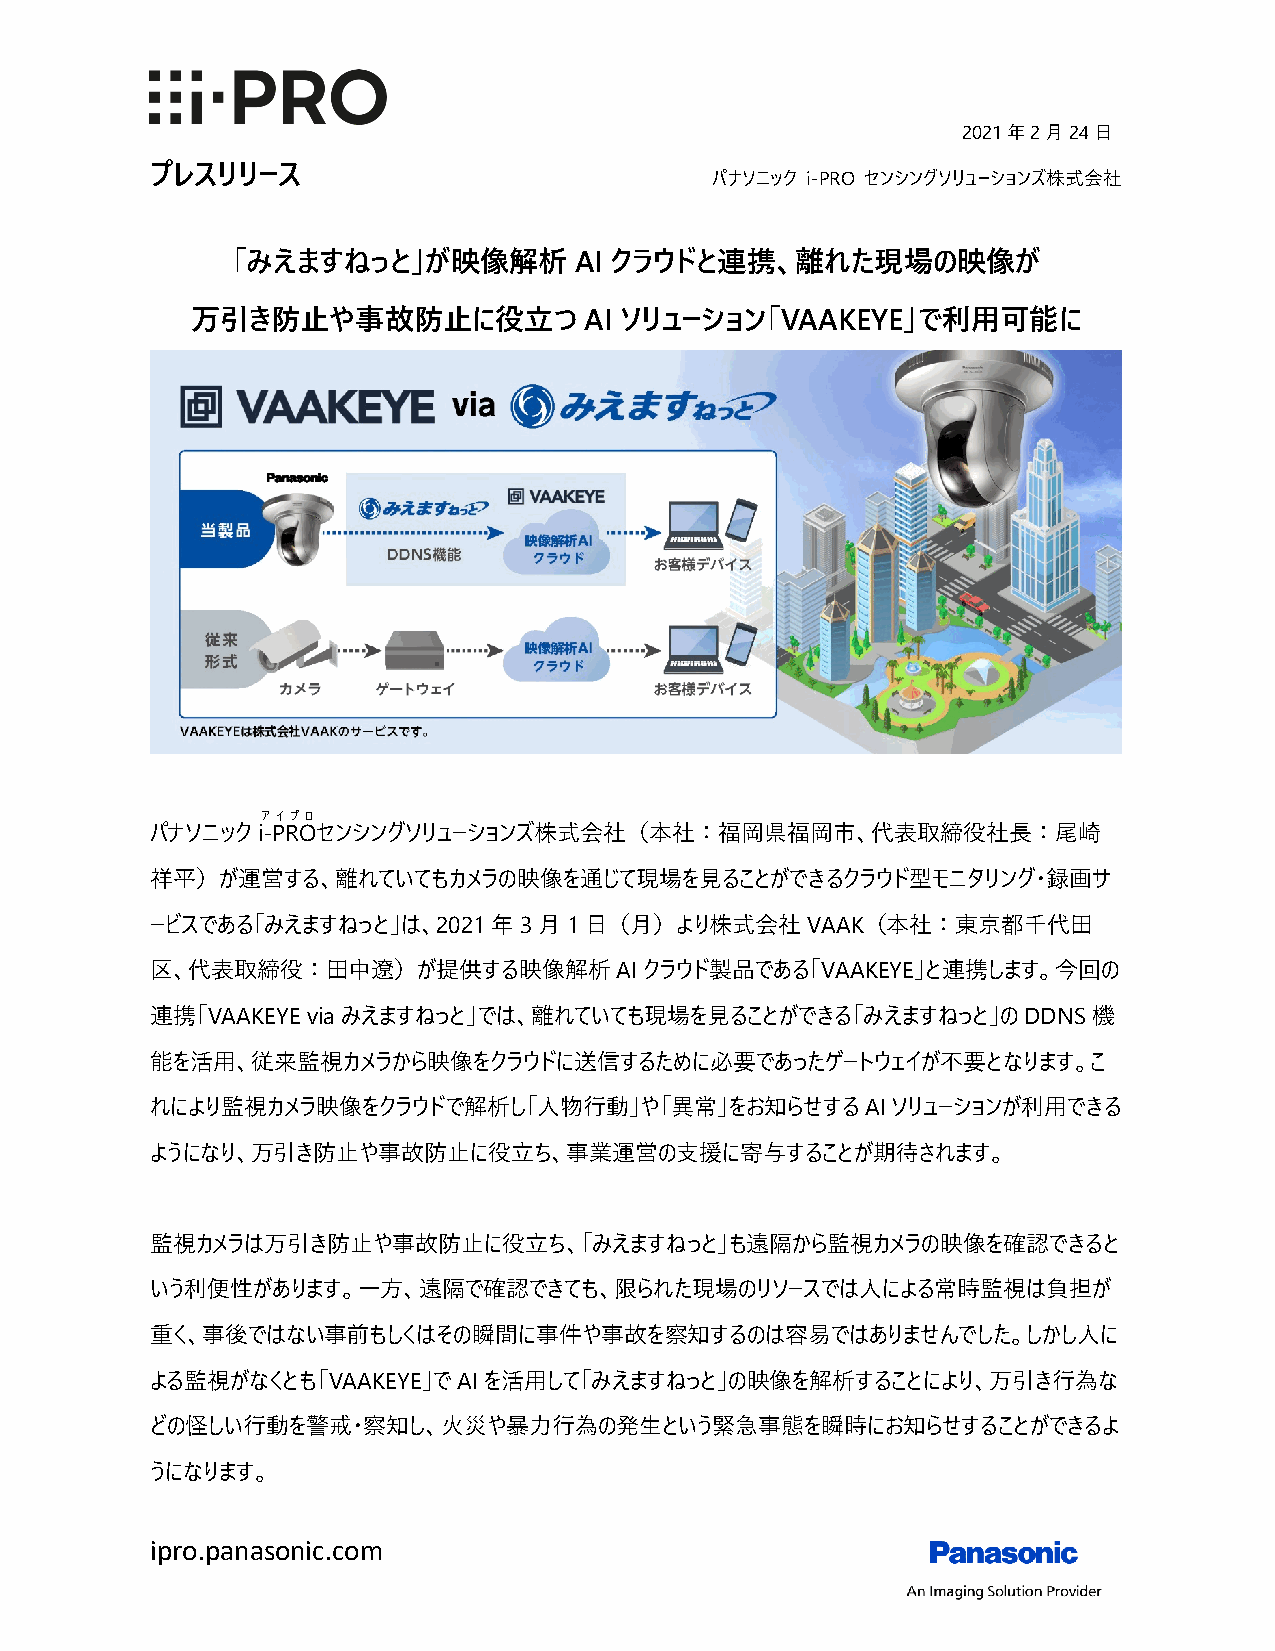
2021年2月24日
 プレスリリース
 パナソニック i-PRO センシングソリューションズ株式会社
 「みえますねっと」が映像解析         AI クラウドと連携、離れた現場の映像が
 万引き防止や事故防止に役立つ            AI ソリューション「VAAKEYE」で利用可能に
 アイプロ
 パナソニックi-PROセンシングソリューションズ株式会社（本社：福岡県福岡市、代表取締役社長：尾崎
 祥平）が運営する、離れていてもカメラの映像を通じて現場を見ることができるクラウド型モニタリング・録画サ
 ービスである「みえますねっと」は、2021年3月1日（月）より株式会社VAAK（本社：東京都千代田
 区、代表取締役：田中遼）が提供する映像解析AIクラウド製品である「VAAKEYE」と連携します。今回の
 連携「VAAKEYE via みえますねっと」では、離れていても現場を見ることができる「みえますねっと」のDDNS機
 能を活用、従来監視カメラから映像をクラウドに送信するために必要であったゲートウェイが不要となります。こ
 れにより監視カメラ映像をクラウドで解析し「人物行動」や「異常」をお知らせするAIソリューションが利用できる
 ようになり、万引き防止や事故防止に役立ち、事業運営の支援に寄与することが期待されます。
 監視カメラは万引き防止や事故防止に役立ち、「みえますねっと」も遠隔から監視カメラの映像を確認できると
 いう利便性があります。一方、遠隔で確認できても、限られた現場のリソースでは人による常時監視は負担が
 重く、事後ではない事前もしくはその瞬間に事件や事故を察知するのは容易ではありませんでした。しかし人に
 よる監視がなくとも「VAAKEYE」でAIを活用して「みえますねっと」の映像を解析することにより、万引き行為な
 どの怪しい行動を警戒・察知し、火災や暴力行為の発生という緊急事態を瞬時にお知らせすることができるよ
 うになります。
 ipro.panasonic.com